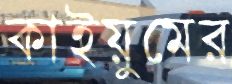
কাইয়ুমের